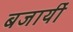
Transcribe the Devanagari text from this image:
बजायीं